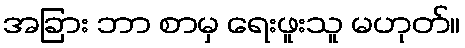
အခြား ဘာ စာမှ ရေးဖူးသူ မဟုတ်။